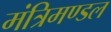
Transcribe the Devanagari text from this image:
मंत्रिमण्‍डल